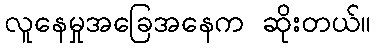
လူနေမှုအခြေအနေက ဆိုးတယ်။